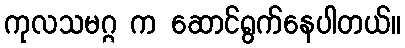
ကုလသမဂ္ဂ က ဆောင်ရွက်နေပါတယ်။